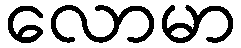
လောမာ